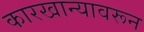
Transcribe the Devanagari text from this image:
कारखान्यावरून